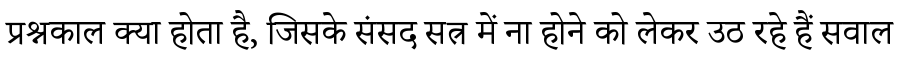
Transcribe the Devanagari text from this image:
प्रश्नकाल क्या होता है, जिसके संसद सत्र में ना होने को लेकर उठ रहे हैं सवाल